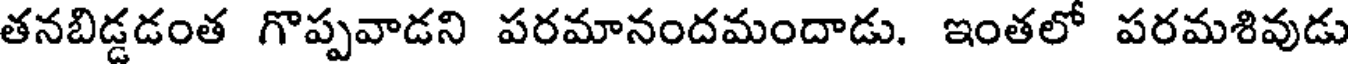
తనబిడ్డడంత గొప్పవాడని పరమానందమందాడు. ఇంతలో పరమశివుడు